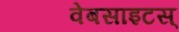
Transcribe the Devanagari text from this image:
वेबसाइटस्